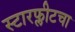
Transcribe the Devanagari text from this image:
स्टारफ्लीटचा